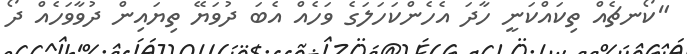
"ކޯނޗެއް ތިކައްކަނީ ހާދަ އެހެންކަހަލަގެ ވަހެއް އެބަ ދުވަޔޭ ތިޔައިން ދުވާވަހެއް ދޯ